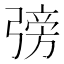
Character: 𢐊